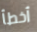
أخطأ